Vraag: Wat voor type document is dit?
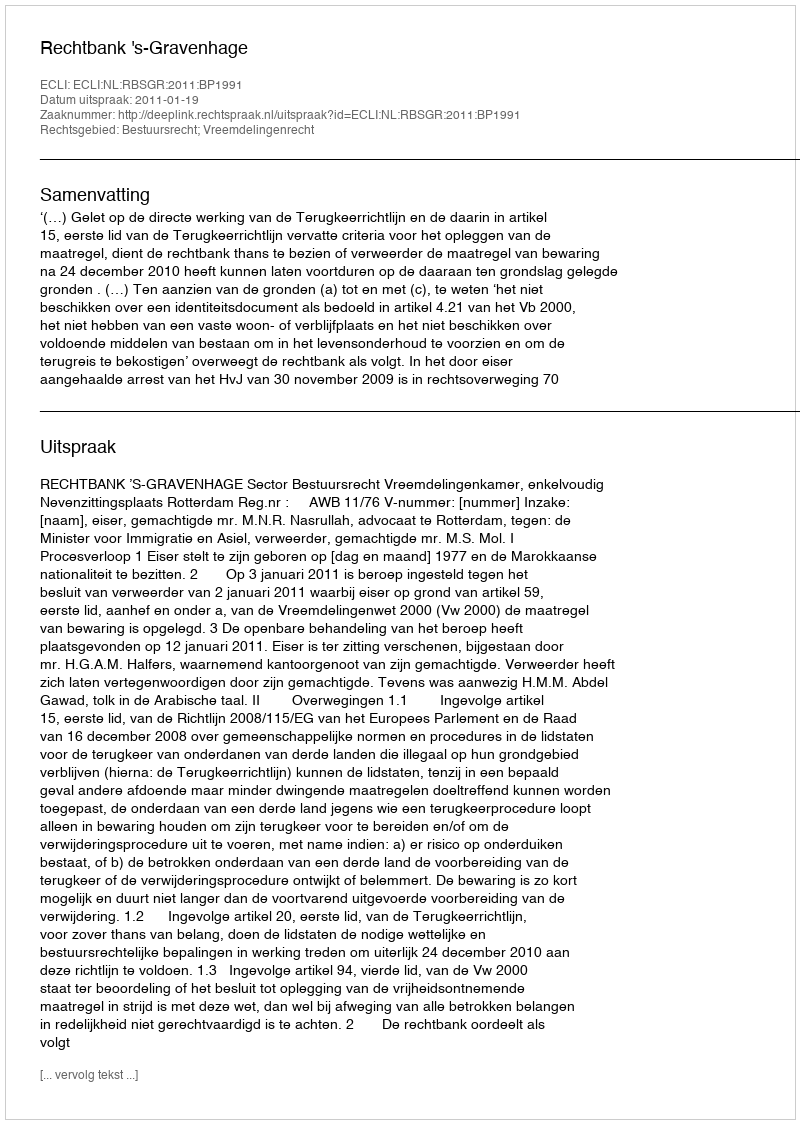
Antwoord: Uitspraak